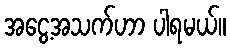
အငွေ့အသက်ဟာ ပါရမယ်။